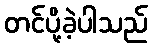
တင်ပို့ခဲ့ပါသည်